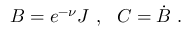
B = e ^ { - \nu } J \ , \ \ C = \dot { B } \ .